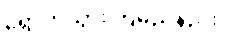
ရောက်သွားကြမည်နည်း။